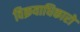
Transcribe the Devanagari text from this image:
विक्रयाधिकारों